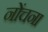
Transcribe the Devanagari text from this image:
नोंचना